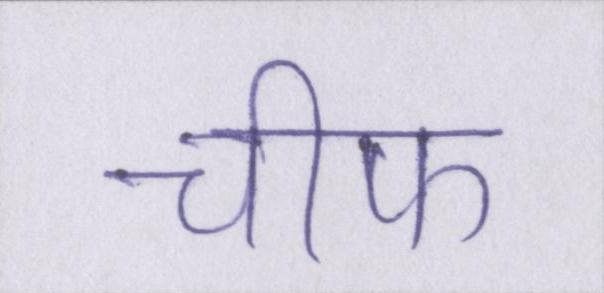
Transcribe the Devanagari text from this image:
चीफ